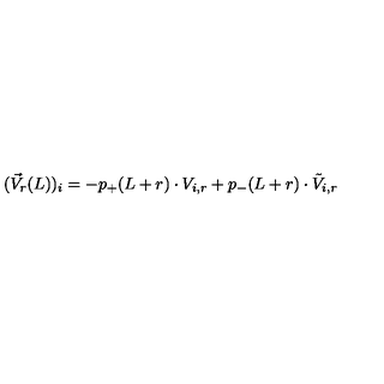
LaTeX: ( \vec { V } _ { r } ( L ) ) _ { i } = - p _ { + } ( L + r ) \cdot V _ { i , r } + p _ { - } ( L + r ) \cdot \tilde { V } _ { i , r }